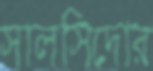
সালসিদোর